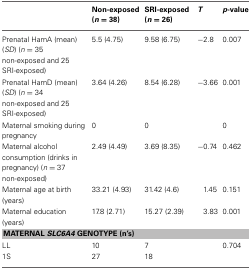
<table><thead><tr><td></td><td><b>Non-exposed (<i>n</i> = 38)</b></td><td><b>SRI-exposed (<i>n</i> = 26)</b></td><td><b><i>T</i></b></td><td><b><i>p</i>-value</b></td></tr></thead><tbody><tr><td>Prenatal HamA (mean) (<i>SD</i>) (<i>n</i> = 35 non-exposed and 25 SRI-exposed)</td><td>5.5 (4.75)</td><td>9.58 (6.75)</td><td>−2.8</td><td>0.007</td></tr><tr><td>Prenatal HamD (mean) (<i>SD</i>) (<i>n</i> = 34 non-exposed and 25 SRI-exposed)</td><td>3.64 (4.26)</td><td>8.54 (6.28)</td><td>−3.66</td><td>0.001</td></tr><tr><td>Maternal smoking during pregnancy</td><td>0</td><td>0</td><td></td><td>0</td></tr><tr><td>Maternal alcohol consumption (drinks in pregnancy) (<i>n</i> = 37 non-exposed)</td><td>2.49 (4.49)</td><td>3.69 (8.35)</td><td>−0.74</td><td>0.462</td></tr><tr><td>Maternal age at birth (years)</td><td>33.21 (4.93)</td><td>31.42 (4.6)</td><td>1.45</td><td>0.151</td></tr><tr><td>Maternal education (years)</td><td>17.8 (2.71)</td><td>15.27 (2.39)</td><td>3.83</td><td>0.001</td></tr><tr><td colspan="5"><b>MATERNAL <i>SLC6A4</i> GENOTYPE (n&#x27;s)</b></td></tr><tr><td>LL</td><td>10</td><td>7</td><td></td><td>0.704</td></tr><tr><td>1S</td><td>27</td><td>18</td><td></td><td></td></tr></tbody></table>